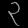
Digit: ၃